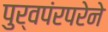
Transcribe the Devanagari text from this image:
पुर्वपंरपरेने